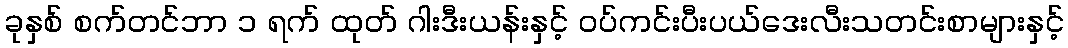
ခုနှစ် စက်တင်ဘာ ၁ ရက် ထုတ် ဂါးဒီးယန်းနှင့် ဝပ်ကင်းပီးပယ်ဒေးလီးသတင်းစာများနှင့်